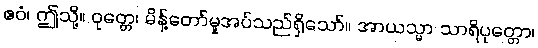
ဧဝံ၊ ဤသို့။ ဝုတ္တေ၊ မိန့်တော်မူအပ်သည်ရှိသော်။ အာယသ္မာ သာရိပုတ္တော၊